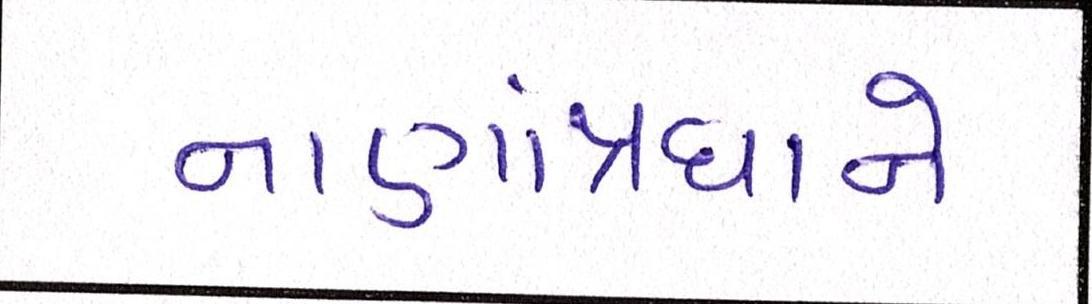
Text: નાણાંપ્રધાને